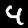
Label: 4